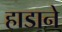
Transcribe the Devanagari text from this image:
हाडाने